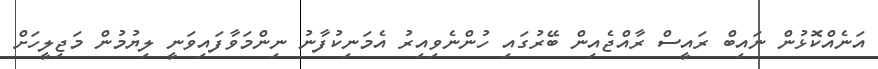
އަނެއްކޮޅުން ނައިބް ރައީސް ރާއްޖެއިން ބޭރުގައި ހުންނެވިއިރު އެމަނިކުފާނު ނިންމަވާފައިވަނީ ލިޔުމުން މަޖިލީހަށް